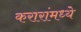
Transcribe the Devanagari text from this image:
करारांमध्ये